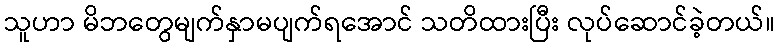
သူဟာ မိဘတွေမျက်နှာမပျက်ရအောင် သတိထားပြီး လုပ်ဆောင်ခဲ့တယ်။